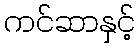
ကင်ဆာနှင့်